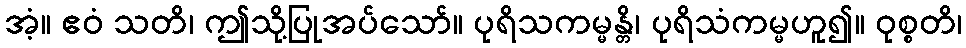
အံ့။ ဧဝံ သတိ၊ ဤသို့ပြုအပ်သော်။ ပုရိသကမ္မန္တိ၊ ပုရိသံကမ္မဟူ၍။ ဝုစ္စတိ၊